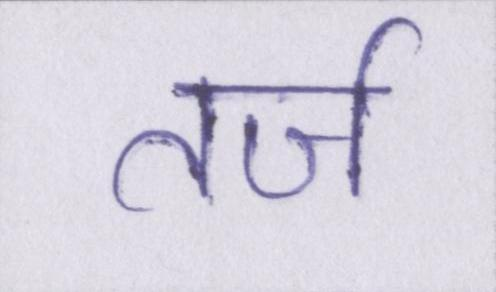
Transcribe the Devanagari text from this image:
तर्ज